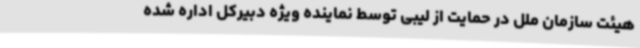
هیئت سازمان ملل در حمایت از لیبی توسط نماینده ویژه دبیرکل اداره شده